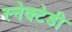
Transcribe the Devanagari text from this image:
स्नेक्टेडी